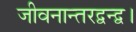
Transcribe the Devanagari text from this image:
जीवनान्तरद्वन्द्व।